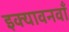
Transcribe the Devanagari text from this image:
इक्यावनवाँ